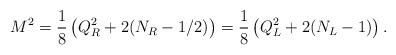
LaTeX: \begin{align*}M^2=\frac{1}{8}\left(Q^2_R+2(N_R-1/2)\right)=\frac{1}{8}\left(Q_L^2+2(N_L-1)\right).\end{align*}